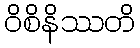
ဝိစိနိဿတိ